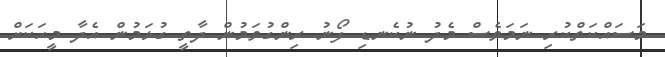
މަސައްކަތްކުރި ނަމަވެސް މެދު ނުކެނޑި ފޯނު ރިންގުވަމުން ދާތީ ގުޅަމުން އެދާ މީހަކަށް